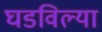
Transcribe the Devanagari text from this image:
घडविल्या